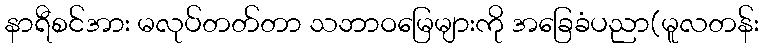
နာရီစင်အား မလုပ်တတ်တာ သဘာဝမြေများကို အခြေခံပညာ(မူလတန်း